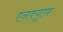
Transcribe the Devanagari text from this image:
एनक्यूएफ़